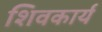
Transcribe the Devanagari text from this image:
शिवकार्य